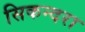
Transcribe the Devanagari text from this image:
सिकन्‍दरा